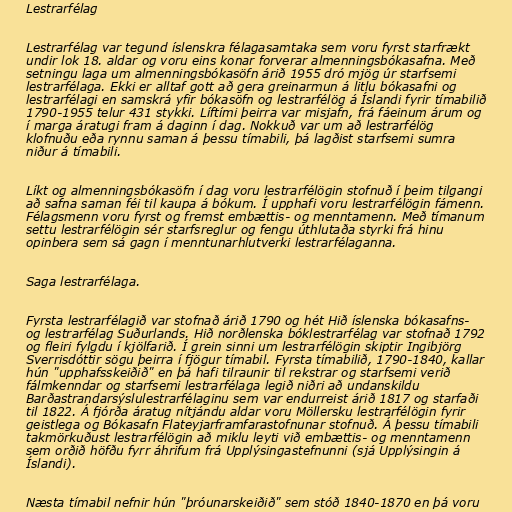
Lestrarfélag

Lestrarfélag var tegund íslenskra félagasamtaka sem voru fyrst starfrækt
undir lok 18. aldar og voru eins konar forverar almenningsbókasafna. Með
setningu laga um almenningsbókasöfn árið 1955 dró mjög úr starfsemi
lestrarfélaga. Ekki er alltaf gott að gera greinarmun á litlu bókasafni og
lestrarfélagi en samskrá yfir bókasöfn og lestrarfélög á Íslandi fyrir tímabilið
1790-1955 telur 431 stykki. Líftími þeirra var misjafn, frá fáeinum árum og
í marga áratugi fram á daginn í dag. Nokkuð var um að lestrarfélög
klofnuðu eða rynnu saman á þessu tímabili, þá lagðist starfsemi sumra
niður á tímabili.

Líkt og almenningsbókasöfn í dag voru lestrarfélögin stofnuð í þeim tilgangi
að safna saman féi til kaupa á bókum. Í upphafi voru lestrarfélögin fámenn.
Félagsmenn voru fyrst og fremst embættis- og menntamenn. Með tímanum
settu lestrarfélögin sér starfsreglur og fengu úthlutaða styrki frá hinu
opinbera sem sá gagn í menntunarhlutverki lestrarfélaganna.

Saga lestrarfélaga.

Fyrsta lestrarfélagið var stofnað árið 1790 og hét Hið íslenska bókasafns-
og lestrarfélag Suðurlands. Hið norðlenska bóklestrarfélag var stofnað 1792
og fleiri fylgdu í kjölfarið. Í grein sinni um lestrarfélögin skiptir Ingibjörg
Sverrisdóttir sögu þeirra í fjögur tímabil. Fyrsta tímabilið, 1790-1840, kallar
hún "upphafsskeiðið" en þá hafi tilraunir til rekstrar og starfsemi verið
fálmkenndar og starfsemi lestrarfélaga legið niðri að undanskildu
Barðastrandarsýslulestrarfélaginu sem var endurreist árið 1817 og starfaði
til 1822. Á fjórða áratug nítjándu aldar voru Möllersku lestrarfélögin fyrir
geistlega og Bókasafn Flateyjarframfarastofnunar stofnuð. Á þessu tímabili
takmörkuðust lestrarfélögin að miklu leyti við embættis- og menntamenn
sem orðið höfðu fyrr áhrifum frá Upplýsingastefnunni (sjá Upplýsingin á
Íslandi).

Næsta tímabil nefnir hún "þróunarskeiðið" sem stóð 1840-1870 en þá voru